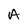
Character: A